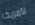
لأمريكا